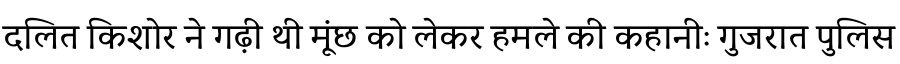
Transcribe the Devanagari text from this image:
दलित किशोर ने गढ़ी थी मूंछ को लेकर हमले की कहानीः गुजरात पुलिस